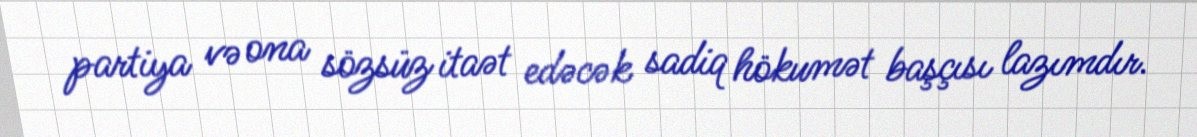
partiya və ona sözsüz itaət edəcək sadiq hökumət başçısı lazımdır.